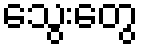
သွေးတွေ